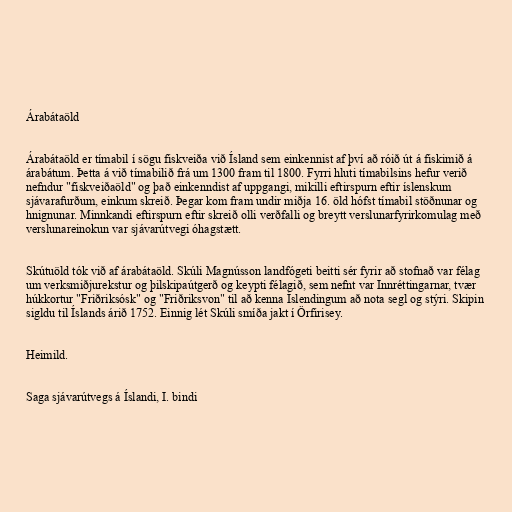
Árabátaöld

Árabátaöld er tímabil í sögu fiskveiða við Ísland sem einkennist af því að róið út á fiskimið á
árabátum. Þetta á við tímabilið frá um 1300 fram til 1800. Fyrri hluti tímabilsins hefur verið
nefndur "fiskveiðaöld" og það einkenndist af uppgangi, mikilli eftirspurn eftir íslenskum
sjávarafurðum, einkum skreið. Þegar kom fram undir miðja 16. öld hófst tímabil stöðnunar og
hnignunar. Minnkandi eftirspurn eftir skreið olli verðfalli og breytt verslunarfyrirkomulag með
verslunareinokun var sjávarútvegi óhagstætt.

Skútuöld tók við af árabátaöld. Skúli Magnússon landfógeti beitti sér fyrir að stofnað var félag
um verksmiðjurekstur og þilskipaútgerð og keypti félagið, sem nefnt var Innréttingarnar, tvær
húkkortur "Friðriksósk" og "Friðriksvon" til að kenna Íslendingum að nota segl og stýri. Skipin
sigldu til Íslands árið 1752. Einnig lét Skúli smíða jakt í Örfirisey.

Heimild.

Saga sjávarútvegs á Íslandi, I. bindi